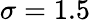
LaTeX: \sigma=1.5